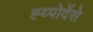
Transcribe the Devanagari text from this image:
ह्य्पोदेंसे